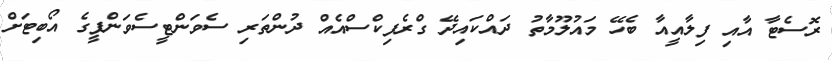
ރޮސެޓާ އާއި ފިލާއީއާ ބެހޭ މައުލޫމާތު ދައްކައިދޭ ގްރެފިކްސްއެއް ދުންތަރި ސެވަންޓީސެވަންޕީގެ އޯބިޓަށް